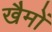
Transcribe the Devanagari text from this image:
खैमों